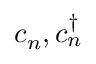
c _ { n } , c _ { n } ^ { \dagger }